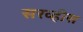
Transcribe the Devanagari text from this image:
सरव्हीस